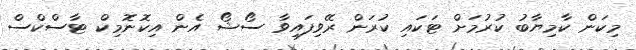
މިކަން ކާމިޔާބު ކުރުމަށް ޓަކައި ކުރަން ރޭވިފައިވާ ސޯޝޯ އެން އިކޮނޮމިކް ޓާސްކްސް